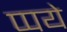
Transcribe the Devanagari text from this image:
प्पये